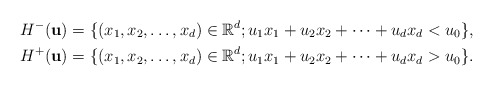
\begin{align*}& H^-(\mathbf{u})=\{ (x_1, x_2, \dots, x_d)\in \mathbb{R}^d; u_1x_1 + u_2x_2+ \dots +u_d x_d < u_0 \}, \\& H^+(\mathbf{u})=\{ (x_1, x_2, \dots, x_d)\in \mathbb{R}^d; u_1x_1 + u_2x_2+ \dots +u_d x_d > u_0 \}.\end{align*}